Vaccination in Burma 1889-1999 - 1889-1999
Year: 1889
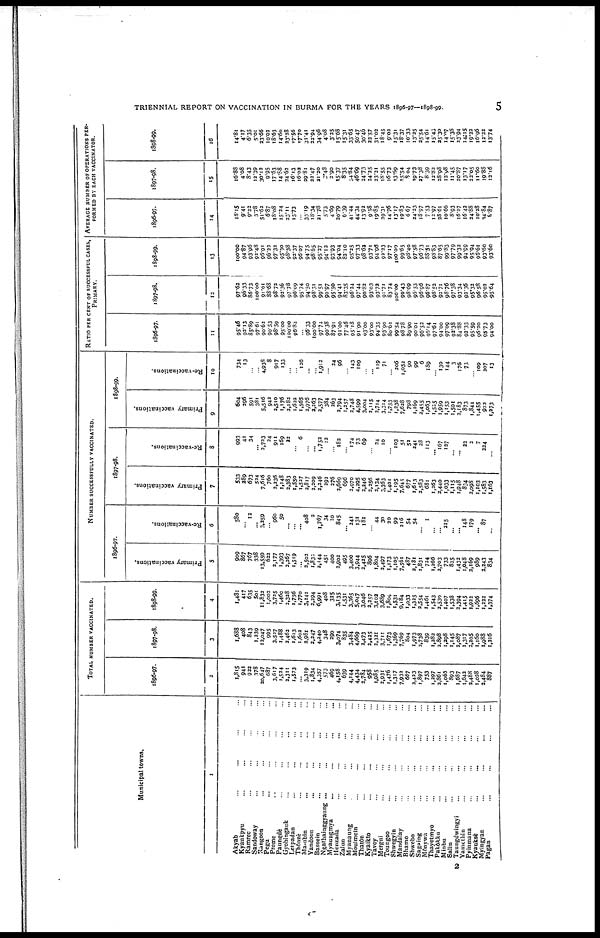
TRIENNIAL REPORT ON VACCINATION IN BURMA FOR THE YEARS 1896-97—1898-99.
5
Municipal towns.
1
Akyab... ...
Kyaukpyu... ...
Ramree... ...
Sandoway... ...
Rangoon... ...
Pegu...
...
Prome... ...
Paungdè... ...
Gyobingauk... ...
Letpadan... ...
Thônzè... ...
Ma-ubin... ...
Yandoon... ...
Bassein... ...
Ngatbainggyaung ...
...
...
Myaungmya... ...
Henzada... ...
Zalun...
...
Myanaung...
...
Moulmein... ...
Thatôn...
...
Kyaikto... ...
Tavoy...
...
Mogui... ... ...
Toungoo... ...
Shwegyin... ...
Mandalay... ...
Bhamo... ...
Shwebo... ...
Sagaing... ...
Mônywa... ...
Thayetmyo... ...
Pakôkku... ...
Minbu... ...
Salin... ...
Taungdwingyi... ...
Yamethin... ...
Pyinmana... ...
Kyauksè... ...
Myingyan... ...
Pagan... ...
TOTAL NUMBER VACCINATED.
1896-97.
2
1,815
941
922
378
20,647
687
3,617
1,524
2,311
1,573
...
3,319
1,834
4,357
573
469
4,158
639
4,144
4,434
2,784
958
1,985
2,931
1,476
1,317
7,932
667
2,423
1,897
753
1,297
2,861
1,065
893
1,687
1,642
2,488
1,028
2,484
887
1897-98.
3
1,688
408
843
1,239
12,047
995
3,527
1,488
2,462
1,613
1,602
2,981
2,247
4,240
348
290
3,074
835
3,484
4,669
3,473
2,425
2,321
3,711
1,673
1,369
7,769
804
1,973
2,738
839
1,282
2,898
1,298
1,145
2,087
1,317
2,205
1,160
1,988
1,216
1898-99.
4
1,481
417
635
501
11,832
1,002
3,725
1,460
2,328
1,756
1,770
3,141
2,294
6,991
408
325
3,135
1,531
3,365
5,047
3,046
3,257
3,102
3,689
1,804
1,531
9,184
1,033
1,325
2,554
1,461
1,543
2,530
1,407
1,538
2,394
1,415
1,922
1,696
1,222
1,374
NUMBER SUCCESSFULLY VACCINATED.
1896-97.
Primary vaccinations.
5
909
867
767
338
13,559
622
2,177
1,393
2,267
1,519
...
2,502
1,832
2,144
451
400
2,902
495
3,400
3,944
2,425
896
1,804
2,497
1,173
1,105
7,561
487
2,181
1,831
724
1,266
2,703
733
825
1,432
1,048
2,169
989
2,243
834
Re-vaccinations.
6
580
...
12
...
3,259
...
960
50
...
...
... 408
2
1,767
34
10
845
...
241
131
181
...
44
30
20
99
216
54
54
...
1
...
...
215
...
...
148
179
...
87
...
1897-98.
Primary vaccinations.
7
533
289
673
524
7,616
760
2,236
1,148
2,383
1,550
1,527
2,817
2,209
2,346
292
276
2,669
696
2,970
4,295
2,246
2,256
2,134
3,363
1,401
1,195
7,645
677
1,613
2,583
681
1,263
2,440
1,033
1,115
1,948
834
3,098
1,103
1,583
1,163
Re-vaccinations.
8
993
41
34
...
3,733
24
911
169
22
...
6
...
...
1,752
12
...
182
...
174
73
69
...
24
10
...
103
51
52
241
28
113
...
167
127
...
... 23
2
7
224
...
1898-99.
Primary vaccinations.
9
604
296
591
381
5,516
942
2,510
1,176
2,182
1,622
1,565
2,976
2,263
2,577
384
263
2,794
1,257
3,748
4,599
3,004
2,115
2,714
3,314
1,753
1,238
7,628
798
1,169
2,455
1,063
1,525
1,959
1,153
1,501
2,183
873
1,844
1,455
922
1,273
Re-vaccinations.
10
734
13
...
...
4,938
8
917
133
...
...
126
...
...
1,912
...
24
96
...
143
109
...
...
119
71
...
206
1,052
90
99
6
189
...
130
144
3
176
73
...
109
207
13
RATIO PER CENT or SUCCESSFUL CASE,
PRIMARY.
1896-97.
11
95.46
93.13
85.89
97.61
90.62
90.53
98.59
95.00
100.00
96.82
...
96.33
100.00
97.74
90.38
87.91
91.00
77.46
95.18
91.90
93.00
93.00
94.35
93.90
80.62
99.54
98.78
89.90
90.01
96.53
95.14
97.61
94.00
97.09
92.38
84.88
93.33
95.59
96.20
95.73
94.00
1897-98.
12
97.62
96.33
86.73
100.00
91.01
88.68
98.72
92.36
97.78
96.09
95.74
94.50
98.31
99.51
90.97
95.50
94.41
83.35
96.24
97.44
90.82
93.03
93.72
91.71
83.74
100.00
99.43
98.69
96.53
96.96
96.87
98.52
92.71
98.76
97.38
93.34
92.36
95.32
96.58
95.02
95.64
1898-99.
13
100.00
94.87
93.96
92.48
95.91
96.23
97.32
95.30
98.38
92.37
96.07
94.75
98.65
95.27
94.12
93.93
94.04
82.10
95.25
97.33
98.62
93.71
94.96
92.22
97.17
100.00
99.65
98.40
97.58
96.73
88.51
98.83
87.65
99.83
97.79
99.32
94.99
95.94
96.61
93.60
93.60
AVERAGE NUMBER OF OPERATIONS PER-
FORMED BY EACH VACCINATOR.
1896-97.
14
18.15
9.41
9.22
3.78
51.62
6.87
18.08
15.24
23.11
15.73
...
33.19
18.34
21.78
5.73
4.69
20.79
6.39
41.44
44.34
13.92
9.58
19.85
29.31
14.76
13.17
19.83
6.67
24.23
18.97
7.53
12.97
28.61
10.66
8.93
16.87
16.43
24.88
10.28
14.84
6.87
1897-98.
15
16.88
4.08
8.43
12.39
30.12
9.95
17.63
14.88
24.62
16.13
16.02
29.81
23.47
21.30
3.48
2.90
15.37
8.35
54.84
46.69
24.73
24.25
23.31
18.55
16.73
13.69
15.54
8.04
19.73
27.38
8.39
12.82
28.98
12.98
11.45
20.87
13.17
22.05
11.60
19.88
12.16
1898-99.
16
14.81
4.17
6.35
5.01
23.66
10.02
18.63
14.60
23.28
17.56
17.70
31.41
32.94
34.96
4.08
3.25
15.68
15.31
33.65
50.47
30.46
22.57
31.02
18.45
9.02
15.31
18.37
10.33
13.25
25.54
14.61
15.43
25.30
I4.07
15.38
23.94
14.15
19.22
16.96
12.22
13.74
2